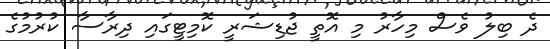
ދެ ބިލު ވެސް މިހާރު މި އޮތީ ޖުޑިޝަރީ ކޮމިޓީގައި ދިރާސާ ކުރުމުގެ